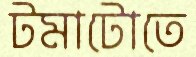
টমাটোতে